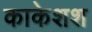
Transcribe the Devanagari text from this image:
काकेशश